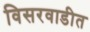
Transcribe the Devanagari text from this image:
विसरवाडीत